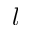
l